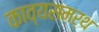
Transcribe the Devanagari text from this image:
काव्यसमर्थ